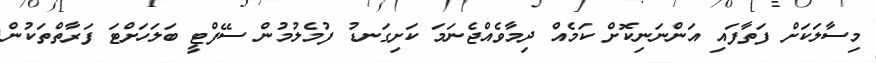
މިސާލަކަށް ފަތާފައި އަންނަނިކޮށް ކަމެއް ދިމާވެއްޖެނަމަ ކަށިގަނޑު ފުމެލުމުން ސޭފްޓީ ބަލަހަށްޓަ ފަރާތްތަކުން